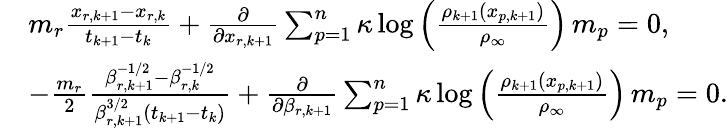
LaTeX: \begin{array}{rl}&{m_{r}\frac{x_{r,k+1}-x_{r,k}}{t_{k+1}-t_{k}}+\frac{\partial}{\partial x_{r,k+1}}\sum_{p=1}^{n}\kappa\log\Big(\frac{\rho_{k+1}(x_{p,k+1})}{\rho_{\infty}}\Big)\, m_{p}=0,}\\ &{-\frac{m_{r}}{2}\frac{\beta_{r,k+1}^{-1/2}-\beta_{r,k}^{-1/2}}{\beta_{r,k+1}^{3/2}(t_{k+1}-t_{k})}+\frac{\partial}{\partial\beta_{r,k+1}}\sum_{p=1}^{n}\kappa\log\Big(\frac{\rho_{k+1}(x_{p,k+1})}{\rho_{\infty}}\Big)\, m_{p}=0.}\end{array}